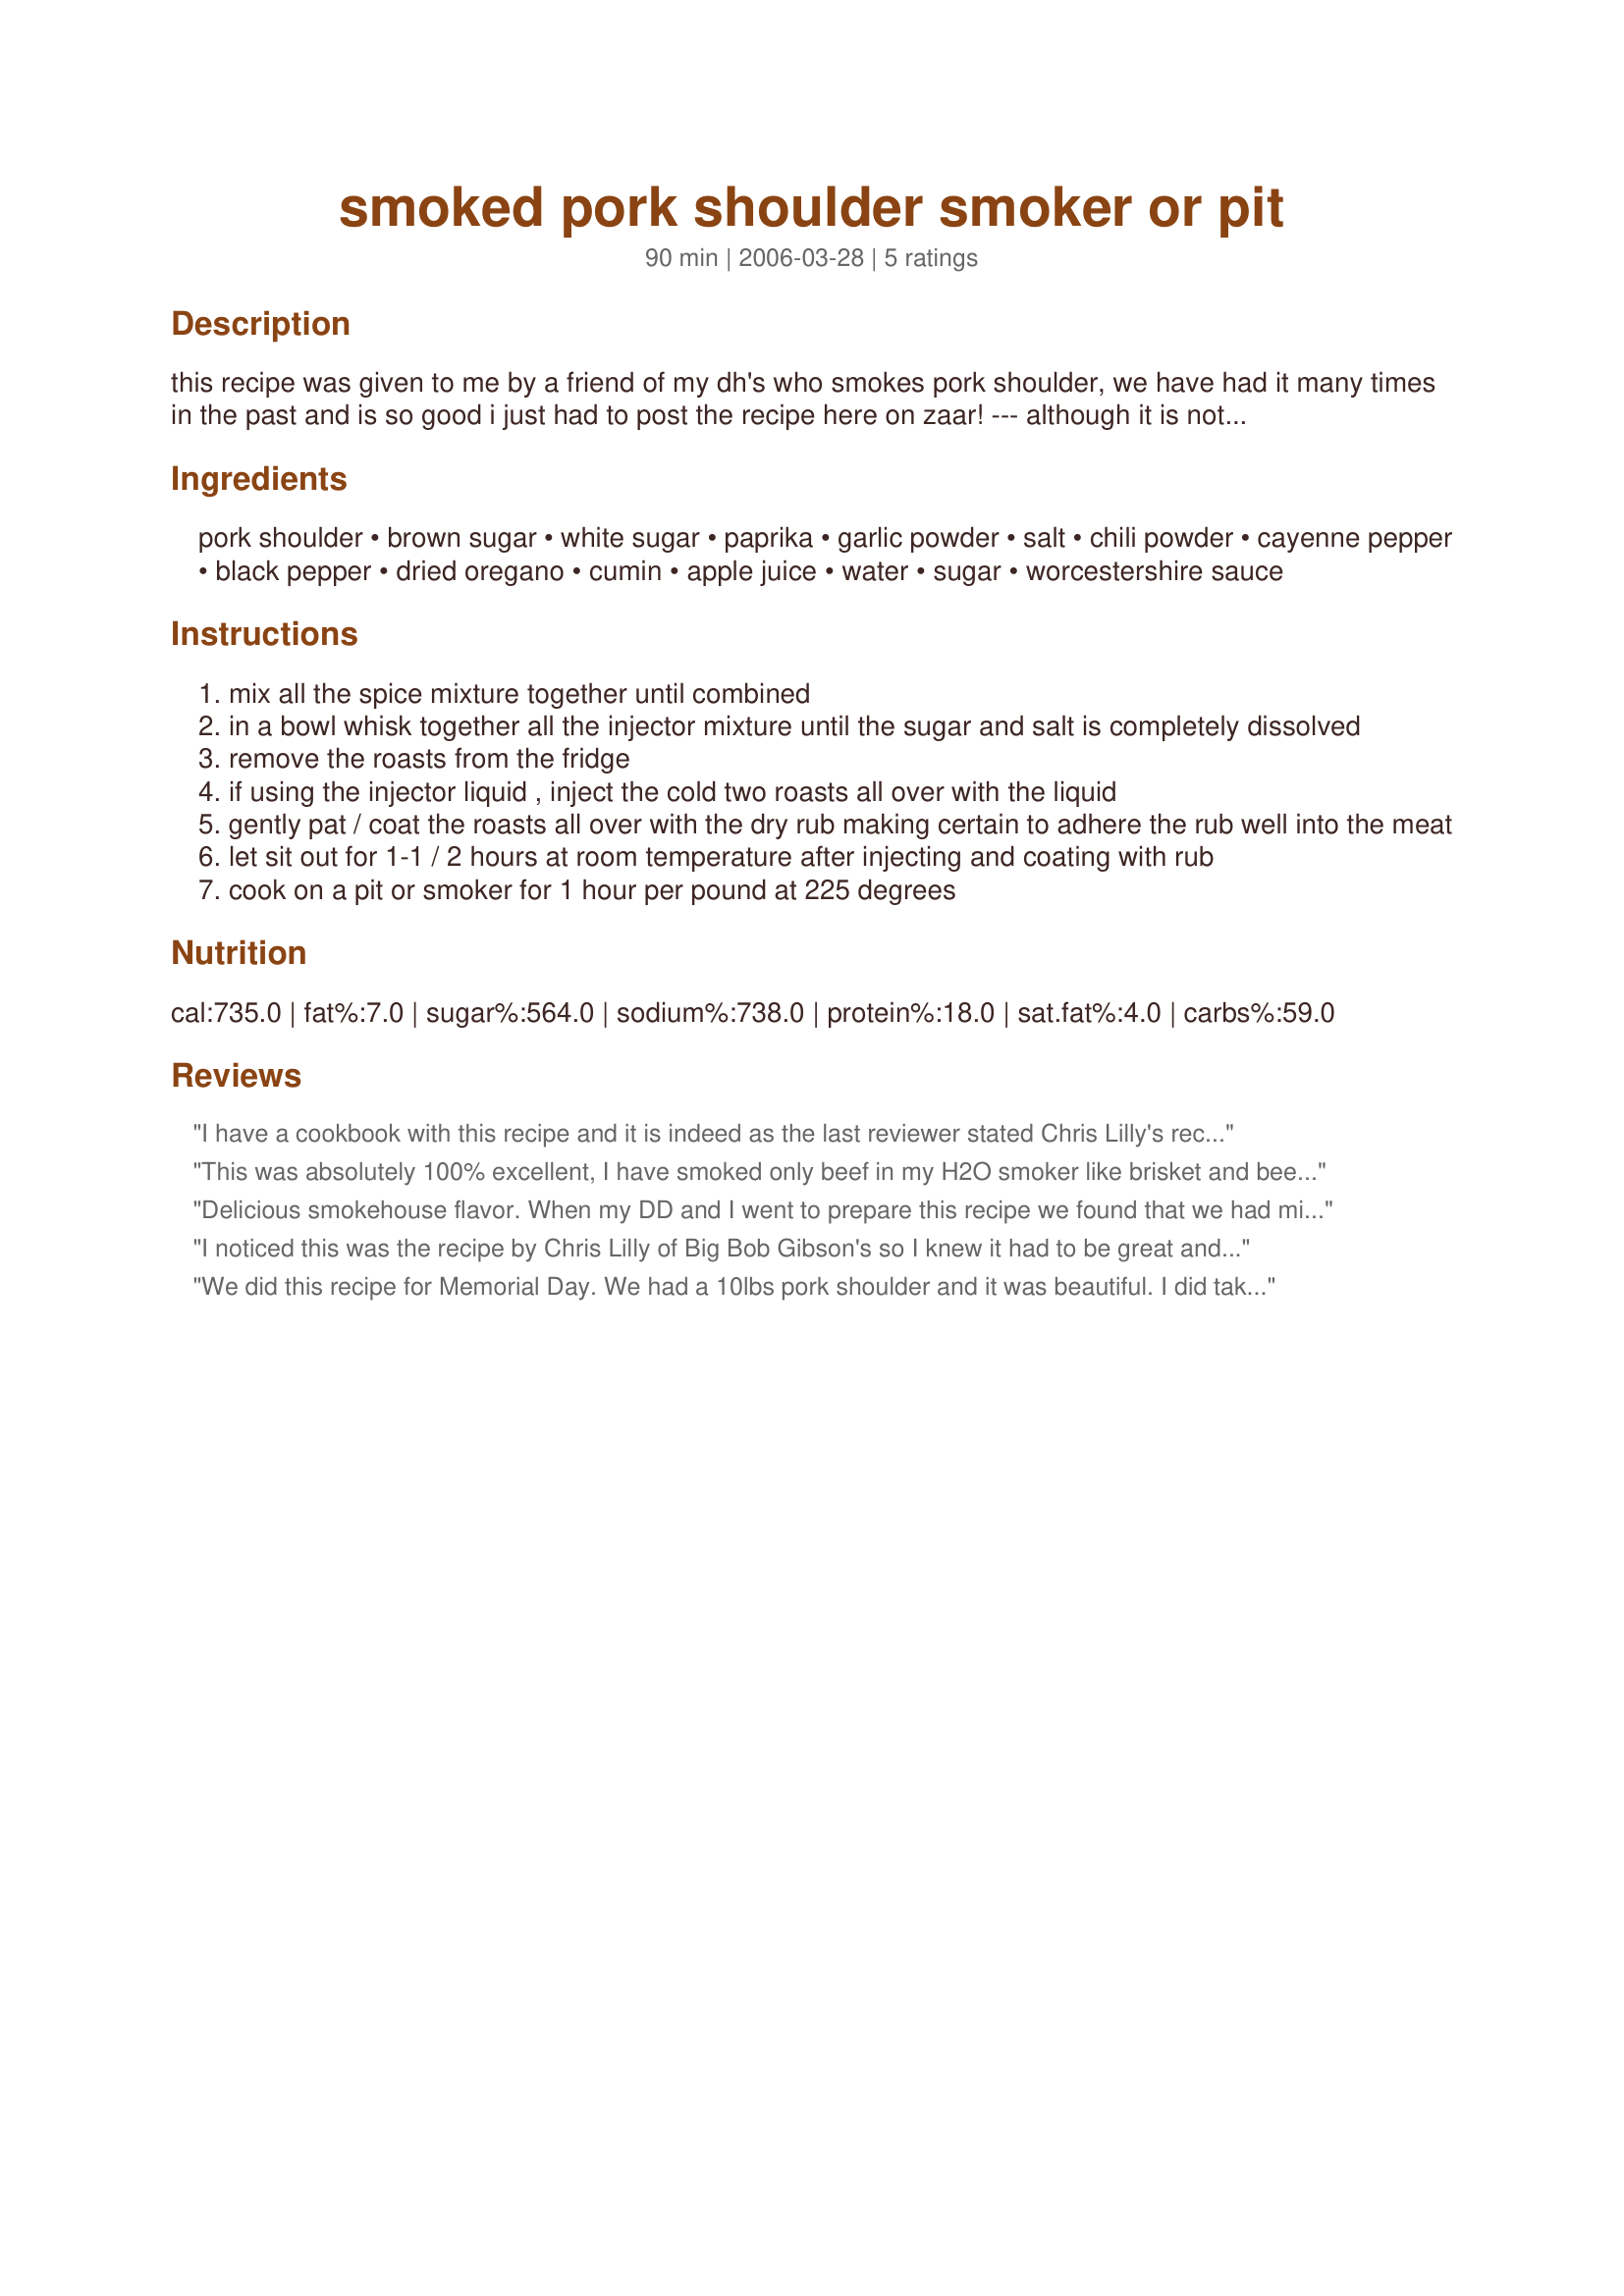
smoked pork shoulder smoker or pit
Preparation time: 90 minutes

this recipe was given to me by a friend of my dh's who smokes pork shoulder, we have had it many times in the past and is so good i just had to post the recipe here on zaar! --- although it is not necessary to use the injector flavoring, the process adds immense moisture and flavor creating the ultimate insurance for a perfect pork shoulder roast! if you have a flavor injector needle from a showtime rottiserie oven then use it to inject the roast with the apple juice mixture, it will work well, inject the mixture using 1/2-ounce per pound. you do not have to use all of the rub, refrigerate any leftover rub for the next use. cooking time will depend on the size of your roasts, which will be 1 hour per pound at 225 degrees --- recipe by chris lilly/big bob gibson's

Ingredients:
pork shoulder, brown sugar, white sugar, paprika, garlic powder, salt, chili powder, cayenne pepper, black pepper, dried oregano, cumin, apple juice, water, sugar, worcestershire sauce

Steps:
mix all the spice mixture together until combined
in a bowl whisk together all the injector mixture until the sugar and salt is completely dissolved
remove the roasts from the fridge
if using the injector liquid , inject the cold two roasts all over with the liquid
gently pat / coat the roasts all over with the dry rub making certain to adhere the rub well into the meat
let sit out for 1-1 / 2 hours at room temperature after injecting and coating with rub
cook on a pit or smoker for 1 hour per pound at 225 degrees

Reviews:
I have a cookbook with this recipe and it is indeed as the last reviewer stated Chris Lilly's recipe. This recipe is great and I would advise anyone who love real barbecue to take the time to try it. It takes alot of time and love but is well worth it. Chris Lilly has won alot of competitions for best pork shoulder with this recipe. The book I have is "PEACE LOVE AND BARBECUE" by Mike Mills another BBQ champ. I love to smoke meat and this book will be a great addition to anyone who knows how to BBQ or wants to learn. There is alot of secret recipes and is a very good read. Thank you KITTENCAL for posting this recipe it is a good one.
This was absolutely 100% excellent, I have smoked only beef in my H2O smoker like brisket and beef ribs, I wanted to try pork. The 10 LB pork shoulder I used was for easter, I smoked it at 215-225 F for 4 hours then tented it and put it in the oven for 6 hours at 225 F. I used calamansi juice in the injection instead of apple juice and re-injected in the large muscle parts just before putting it in the oven, I also swapped the amount of brown sugar and white sugar to give the meat a better crust.<br/>This it one I will use again and again, THANKS ;)
Delicious smokehouse flavor. When my DD and I went to prepare this recipe we found that we had misplaced our injection equipment. So instead of injecting the pork shoulder, we doubled the injection fluid and marinated the pork shoulder for 24 hours. Just before we placed it in the smoker we used the most excellent rub mixture! I also must add that the flavor was through out our 9 pound shoulder roast plus it was very tender. I also omitted the cayenne pepper. In addition my DD made a delicious apple pear sauce to go with it! We will definitely be making this again.
I noticed this was the recipe by Chris Lilly of Big Bob Gibson's so I knew it had to be great and I just had to make this. This turned out excellent and tasted really good! Injecting it really did make it nice and moist and it had a wonderful flavor to it. Thanks KITTENCAL for posting yet another great recipe....
We did this recipe for Memorial Day. We had a 10lbs pork shoulder and it was beautiful. I did take the skin off but left as much of the fat cap as possible. We did the rub and then injected the shoulder with the liquid. We have a large bbq slow cooker. It's just for doing large thing like this or a huge amount of ribs. Anyway we put the roast in to the slow cooker for about 12-14hrs and then left it to cool while we did something else for the meal. When we took the shoulder out it was so moist and tender I could pull it apart with my hands. I couldn't believe how flavorful it was. It still had a good crust of the rub on it and the inside was just running with juice. I will definitely be making this for many more pork shoulders AND RIBS. We had some rub left so we used it on the ribs we made and they turned out just as good as the shoulder.
THANK YOU for a great recipe.
